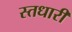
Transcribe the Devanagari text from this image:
स्तधारी